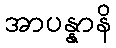
အာပန္နာနိ